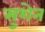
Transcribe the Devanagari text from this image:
सुशेन